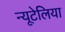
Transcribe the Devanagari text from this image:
न्यूटेलिया